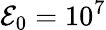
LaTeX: {\cal E}_{0}=10^{7}